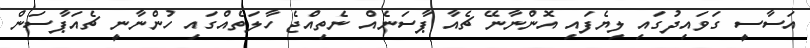
އަސާސީ ގަވައިދުގައި ލިޔެފައި އޮންނާނޭ ޗެއާ ޕާސަނެއް ނެތިއްޖެ ހާލަތެއްގައި ހުންނާނީ ޗެއަޕާސަން